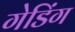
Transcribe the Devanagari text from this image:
गेडिंग